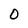
Character: O